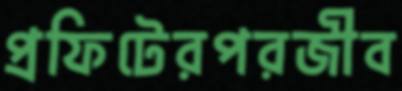
প্রফিটেরপরজীব